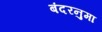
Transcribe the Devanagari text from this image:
बंदरनुमा